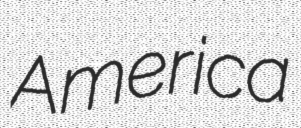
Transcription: America